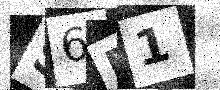
Text: S6P1